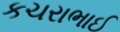
કચરાભાઈ